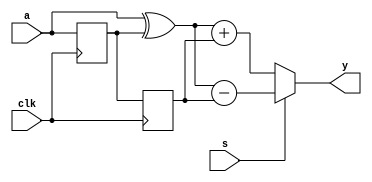
module test(clk, s, a, y);
    input clk, s;
    input [15:0] a;
    output [15:0] y;
    reg [15:0] b, c;

    always @(posedge clk) begin
        b <= a;
        c <= b;
    end

    wire [15:0] state_a = (a ^ b) + c;
    wire [15:0] state_b = (a ^ b) - c;
    assign y = !s ? state_a : state_b;
endmodule